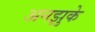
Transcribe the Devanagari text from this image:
अनझुके